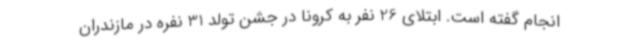
انجام گفته است. ابتلای 26 نفر به کرونا در جشن تولد 31 نفره در مازندران